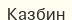
Казбин